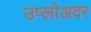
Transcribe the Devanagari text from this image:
उप्लोअदर